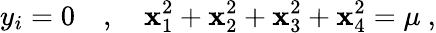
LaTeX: y_{i}=0\quad,\quad\mathbf{x}_{1}^{2}+\mathbf{x}_{2}^{2}+\mathbf{x}_{3}^{2}+\mathbf{x}_{4}^{2}=\mu~,